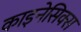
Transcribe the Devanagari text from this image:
काइनेसिक्स